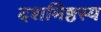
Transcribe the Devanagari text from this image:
दशमिष्ठस्य